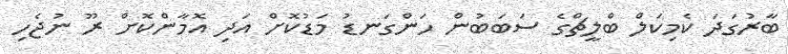
ބާރުގަދަ ކެމިކަލް ބްލީޗްގެ ސަބަބުން ހަންގަނޑު މަޑުކޮށް އަދި އޮމާންކޮށް ރޫ ނުޖެހި